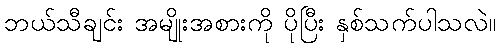
ဘယ်သီချင်း အမျိုးအစားကို ပိုပြီး နှစ်သက်ပါသလဲ။